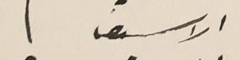
الاسيف